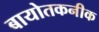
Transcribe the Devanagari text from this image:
बायोतकनीक